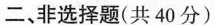
二、非选择题(共40分)